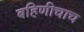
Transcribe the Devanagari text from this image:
बहिणीचाच